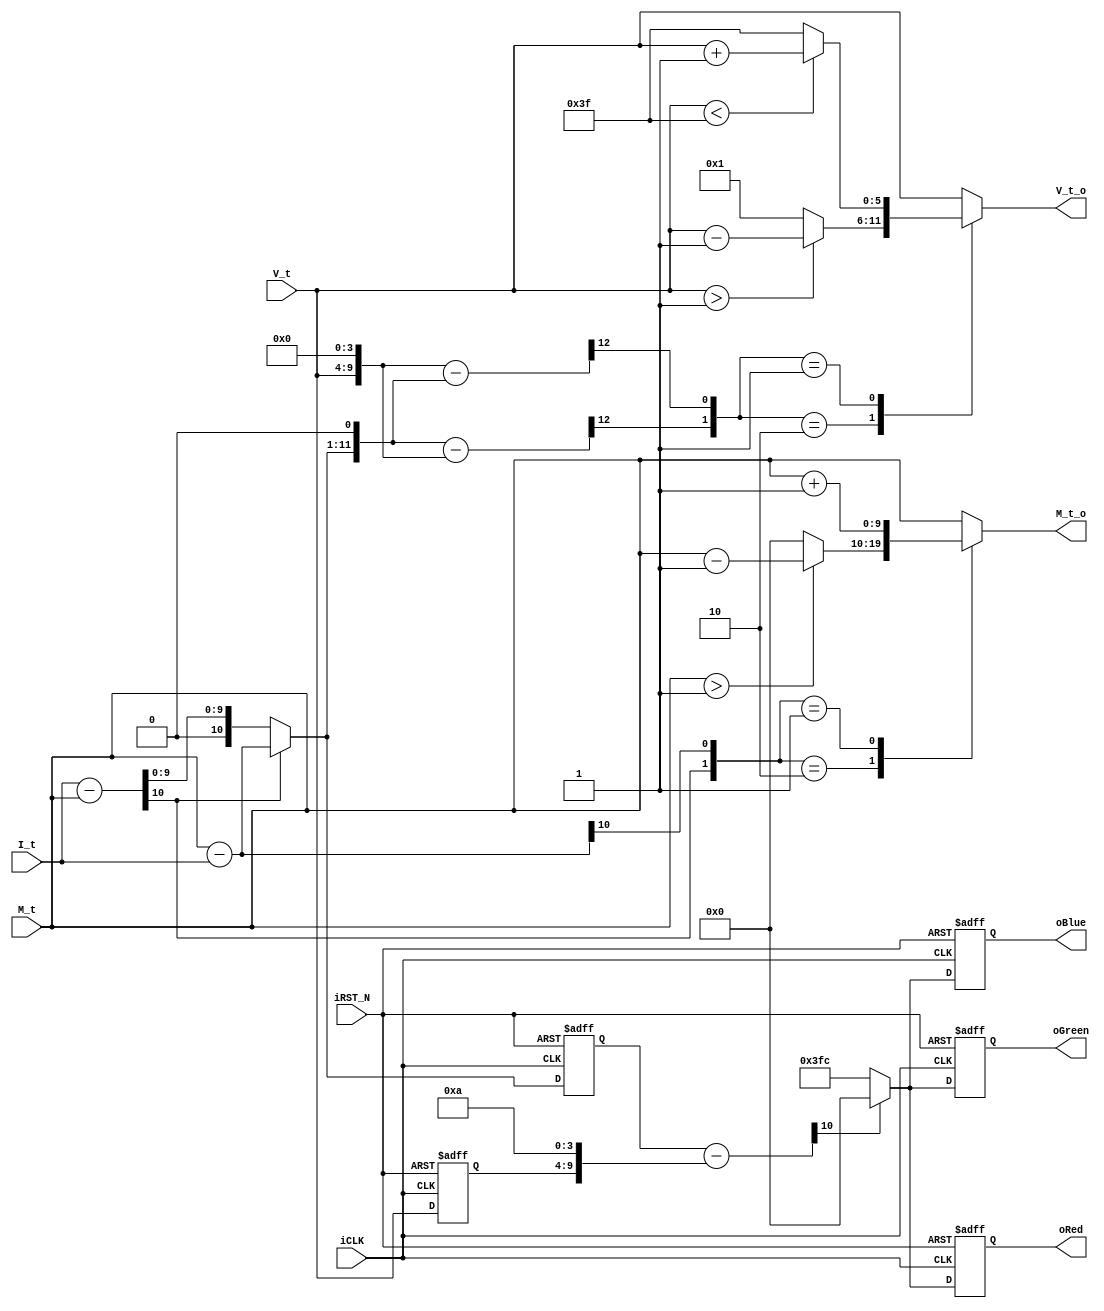
/*
module Motion_Detection(
    input             iCLK,
    input             iRST_N,
    input      [9:0]  I_t,
    input      [9:0]  M_t,
    output     [9:0]  M_t_r,
    output reg [9:0]  oRed,
    output reg [9:0]  oGreen,
    output reg [9:0]  oBlue
);

reg  [9:0] diff;
always @(*) begin
    if (I_t > M_t) begin
        diff = (I_t - M_t);
    end
    else begin
        diff = (M_t - I_t);
    end
end

always @(posedge iCLK or negedge iRST_N) begin
    if (!iRST_N) begin
        oRed    <= 0;
        oGreen  <= 0;
        oBlue   <= 0;
    end
    else begin
        if (diff > 150) begin
            oRed    <= 0;
            oGreen  <= 0;
            oBlue   <= 0;
        end
        else begin
            oRed    <= diff;
            oGreen  <= diff;
            oBlue   <= diff;
        end
    end
end

endmodule
*/

module Motion_Detection(
    input             iCLK,
    input             iRST_N,
    input      [9:0]  I_t,
    input      [9:0]  M_t,
    input      [5:0]  V_t,
    output     [9:0]  M_t_o, // update M_t
    output     [5:0]  V_t_o, // update V_t
    output reg [9:0]  oRed,
    output reg [9:0]  oGreen,
    output reg [9:0]  oBlue
);

// wire and reg
wire [10:0] diff;
wire [10:0] diff_inv;
wire [1:0]  diff_most;
wire [15:0] diff_V;
wire [15:0] diff_V_inv;
wire [1:0]  diff_V_most;
wire [10:0] diff_E;
reg  [10:0] M_t_update;
reg  [6:0]  V_t_update;
reg  [5:0]  V_t_r;
reg  [10:0] O_t;
reg  [10:0] O_t_r;
wire [14:0] O_t_ex;
reg  [10:0] E_t;

assign M_t_o = M_t_update[9:0];
assign V_t_o = V_t_update[5:0];

assign diff = I_t - M_t;
assign diff_inv = M_t - I_t;
assign diff_most = {diff[10], diff_inv[10]};
// step 1:
always @(*) begin
    case(diff_most)
        2'b10:   M_t_update = (M_t > 1) ? (M_t - 1) : 0;
        2'b01:   M_t_update = M_t + 1;
        default: M_t_update = M_t;
    endcase
end
// step 2:
always @(*) begin
    if (diff[10]) begin
        O_t = diff_inv;
    end
    else begin
        O_t = diff;
    end
end
// step 3:
assign O_t_ex = {3'b0,O_t,1'b0};
assign diff_V = O_t_ex - {5'b0,V_t,4'b0};
assign diff_V_inv = {5'b0,V_t,4'b0} - O_t_ex;
assign diff_V_most = {diff_V[15], diff_V_inv[15]};
always @(*) begin
    case(diff_V_most)
        2'b10:   V_t_update = (V_t > 1) ? (V_t - 1) : 1;
        2'b01:   V_t_update = (V_t < 63) ? (V_t + 1) : 63;
        default: V_t_update = V_t;
    endcase
end
// step 4:
//assign E_t = (O_t[10:2] > 0) ? 10'd100 : 0;
assign diff_E = O_t_r - ({V_t_r,4'd10});
always @(*) begin
    if (diff_E[10]) begin
        E_t = 0;
    end
    else begin
        E_t = {1'b0,8'd255,2'b0};
    end
end


always @(posedge iCLK or negedge iRST_N) begin
    if (!iRST_N) begin
        oRed    <= 0;
        oGreen  <= 0;
        oBlue   <= 0;
        O_t_r   <= 0;
        V_t_r   <= 0;
    end
    else begin
        oRed    <= E_t;
        oGreen  <= E_t;
        oBlue   <= E_t;
        O_t_r   <= O_t;//O_t + {5'b10000};
        V_t_r   <= V_t;//(V_t < 63) ? (V_t + 1) : 63; //If you change it to V_t, there will be a bug. what the fuck???
    end
end

endmodule